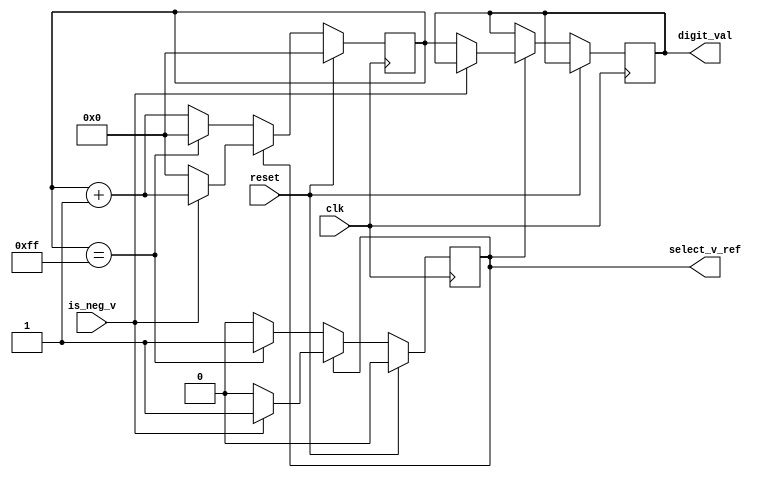
module dual_slope_adc(
         clk, reset, is_neg_v, select_v_ref, digit_val
       );
input clk;
input reset;
input is_neg_v;
output reg [7:0] digit_val;
output reg select_v_ref;

reg [7:0] counter;

always @ (posedge clk)
  begin
    if (reset)
      begin
        select_v_ref <= 0;
        counter <= 0;
      end
    else
      begin
        if (~select_v_ref)
          begin
            // integrate the signal to be tested
            if (counter == 8'd255)
              begin
                counter <= 8'd0;
                select_v_ref <= 1;
              end
            else
              begin
                counter <= counter + 1;
              end
          end
        else
          begin
            if (~is_neg_v)
              begin
                select_v_ref <= 0;
                digit_val <= counter;
                counter <= 0;
              end
            else
              begin
                counter <= counter + 1;
              end
          end
      end
  end

endmodule